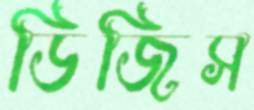
ডিজিস